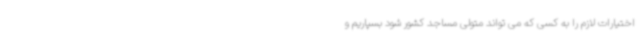
اختیارات لازم را به کسی که می تواند متولی مساجد کشور شود بسپاریم و